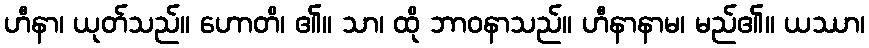
ဟီနာ၊ ယုတ်သည်။ ဟောတိ၊ ၏။ သာ၊ ထို ဘာဝနာသည်။ ဟီနာနာမ၊ မည်၏။ ယဿာ၊